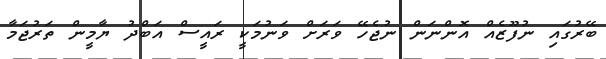
ބޭރުގައި ނުފޫޒެއް އޮންނަން ނުޖެހޭ ވަރަށް ވަނުމަކީ ރައީސް އަބްދު ޔާމީން ތަރުޖަމާ